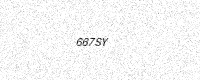
Text: 667SY